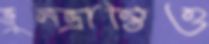
ভুলভ্রান্তিও